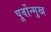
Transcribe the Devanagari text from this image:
पूर्वोन्मुख